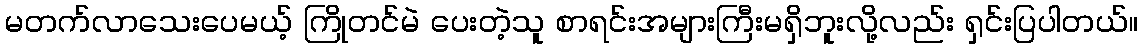
မတက်လာသေးပေမယ့် ကြိုတင်မဲ ပေးတဲ့သူ စာရင်းအများကြီးမရှိဘူးလို့လည်း ရှင်းပြပါတယ်။